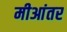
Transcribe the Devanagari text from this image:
मीआंतर